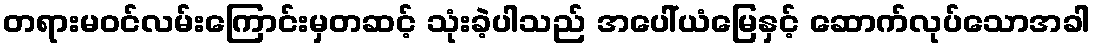
တရားမဝင်လမ်းကြောင်းမှတဆင့် သုံးခဲ့ပါသည် အပေါ်ယံမြေနှင့် ဆောက်လုပ်သောအခါ